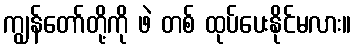
ကျွန်တော်တို့ကို ဖဲ တစ် ထုပ်ပေးနိုင်မလား။